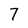
Character: 7